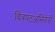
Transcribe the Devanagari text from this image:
चित्रपटअभिनेत्री